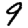
Digit: 9